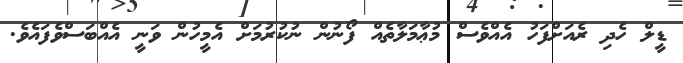
ޑީލް ހެދި ރެއަށްފަހު އެއްވެސް މުޢާމަލާތެއް ފޯނުން ނުކުރުމަށް އެމީހުން ވަނީ އެއްބަސްވެފައެވެ.